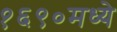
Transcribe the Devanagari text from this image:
१६९०मध्ये